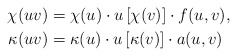
\begin{align*}\chi(uv) &= \chi(u)\cdot u\left[\chi(v)\right] \cdot f(u,v), \\\kappa(uv) &= \kappa(u)\cdot u\left[\kappa(v)\right] \cdot a(u,v)\end{align*}